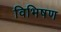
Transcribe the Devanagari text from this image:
विभिषण